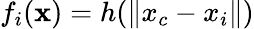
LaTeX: f_{i}(\mathbf{x})=h(\| x_{c}-x_{i}\| )